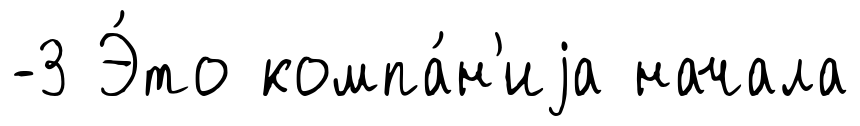
-3 Э́то компа́н'иjа начала